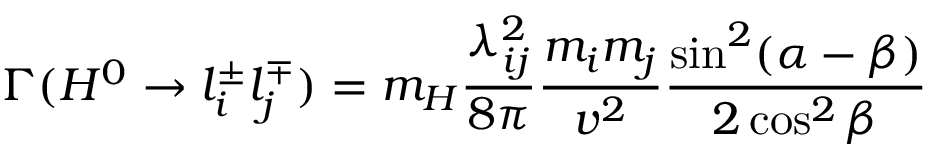
\Gamma ( H ^ { 0 } \to l _ { i } ^ { \pm } l _ { j } ^ { \mp } ) = m _ { H } \frac { \lambda _ { i j } ^ { 2 } } { 8 \pi } \frac { m _ { i } m _ { j } } { v ^ { 2 } } \frac { \sin ^ { 2 } ( \alpha - \beta ) } { 2 \cos ^ { 2 } \beta }